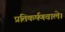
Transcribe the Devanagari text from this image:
प्रतिकर्षणवाले।